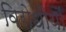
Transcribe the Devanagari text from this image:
विरोधीयों